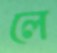
লে